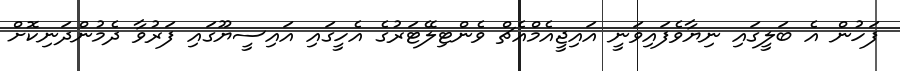
ފަހުން އެ ބަލީގައި ނިޔާވެފައިވަނީ އައިޖީއެމްއެޗް ވެންޓިލޭޓަރުގެ އެހީގައި އައިސީޔޫގައި ފަރުވާ ދެމުންދަނިކޮށް